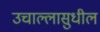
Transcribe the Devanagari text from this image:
उचाल्लासुधील